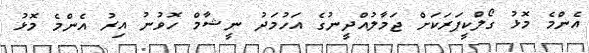
އެންމެ މޮޅު ގޯލްކީޕަރަކަށް ޖަމާލުއްދީނުގެ އަހުމަދު ނީޝާމް ހޮވުނު އިރު އެންމެ މޮޅު